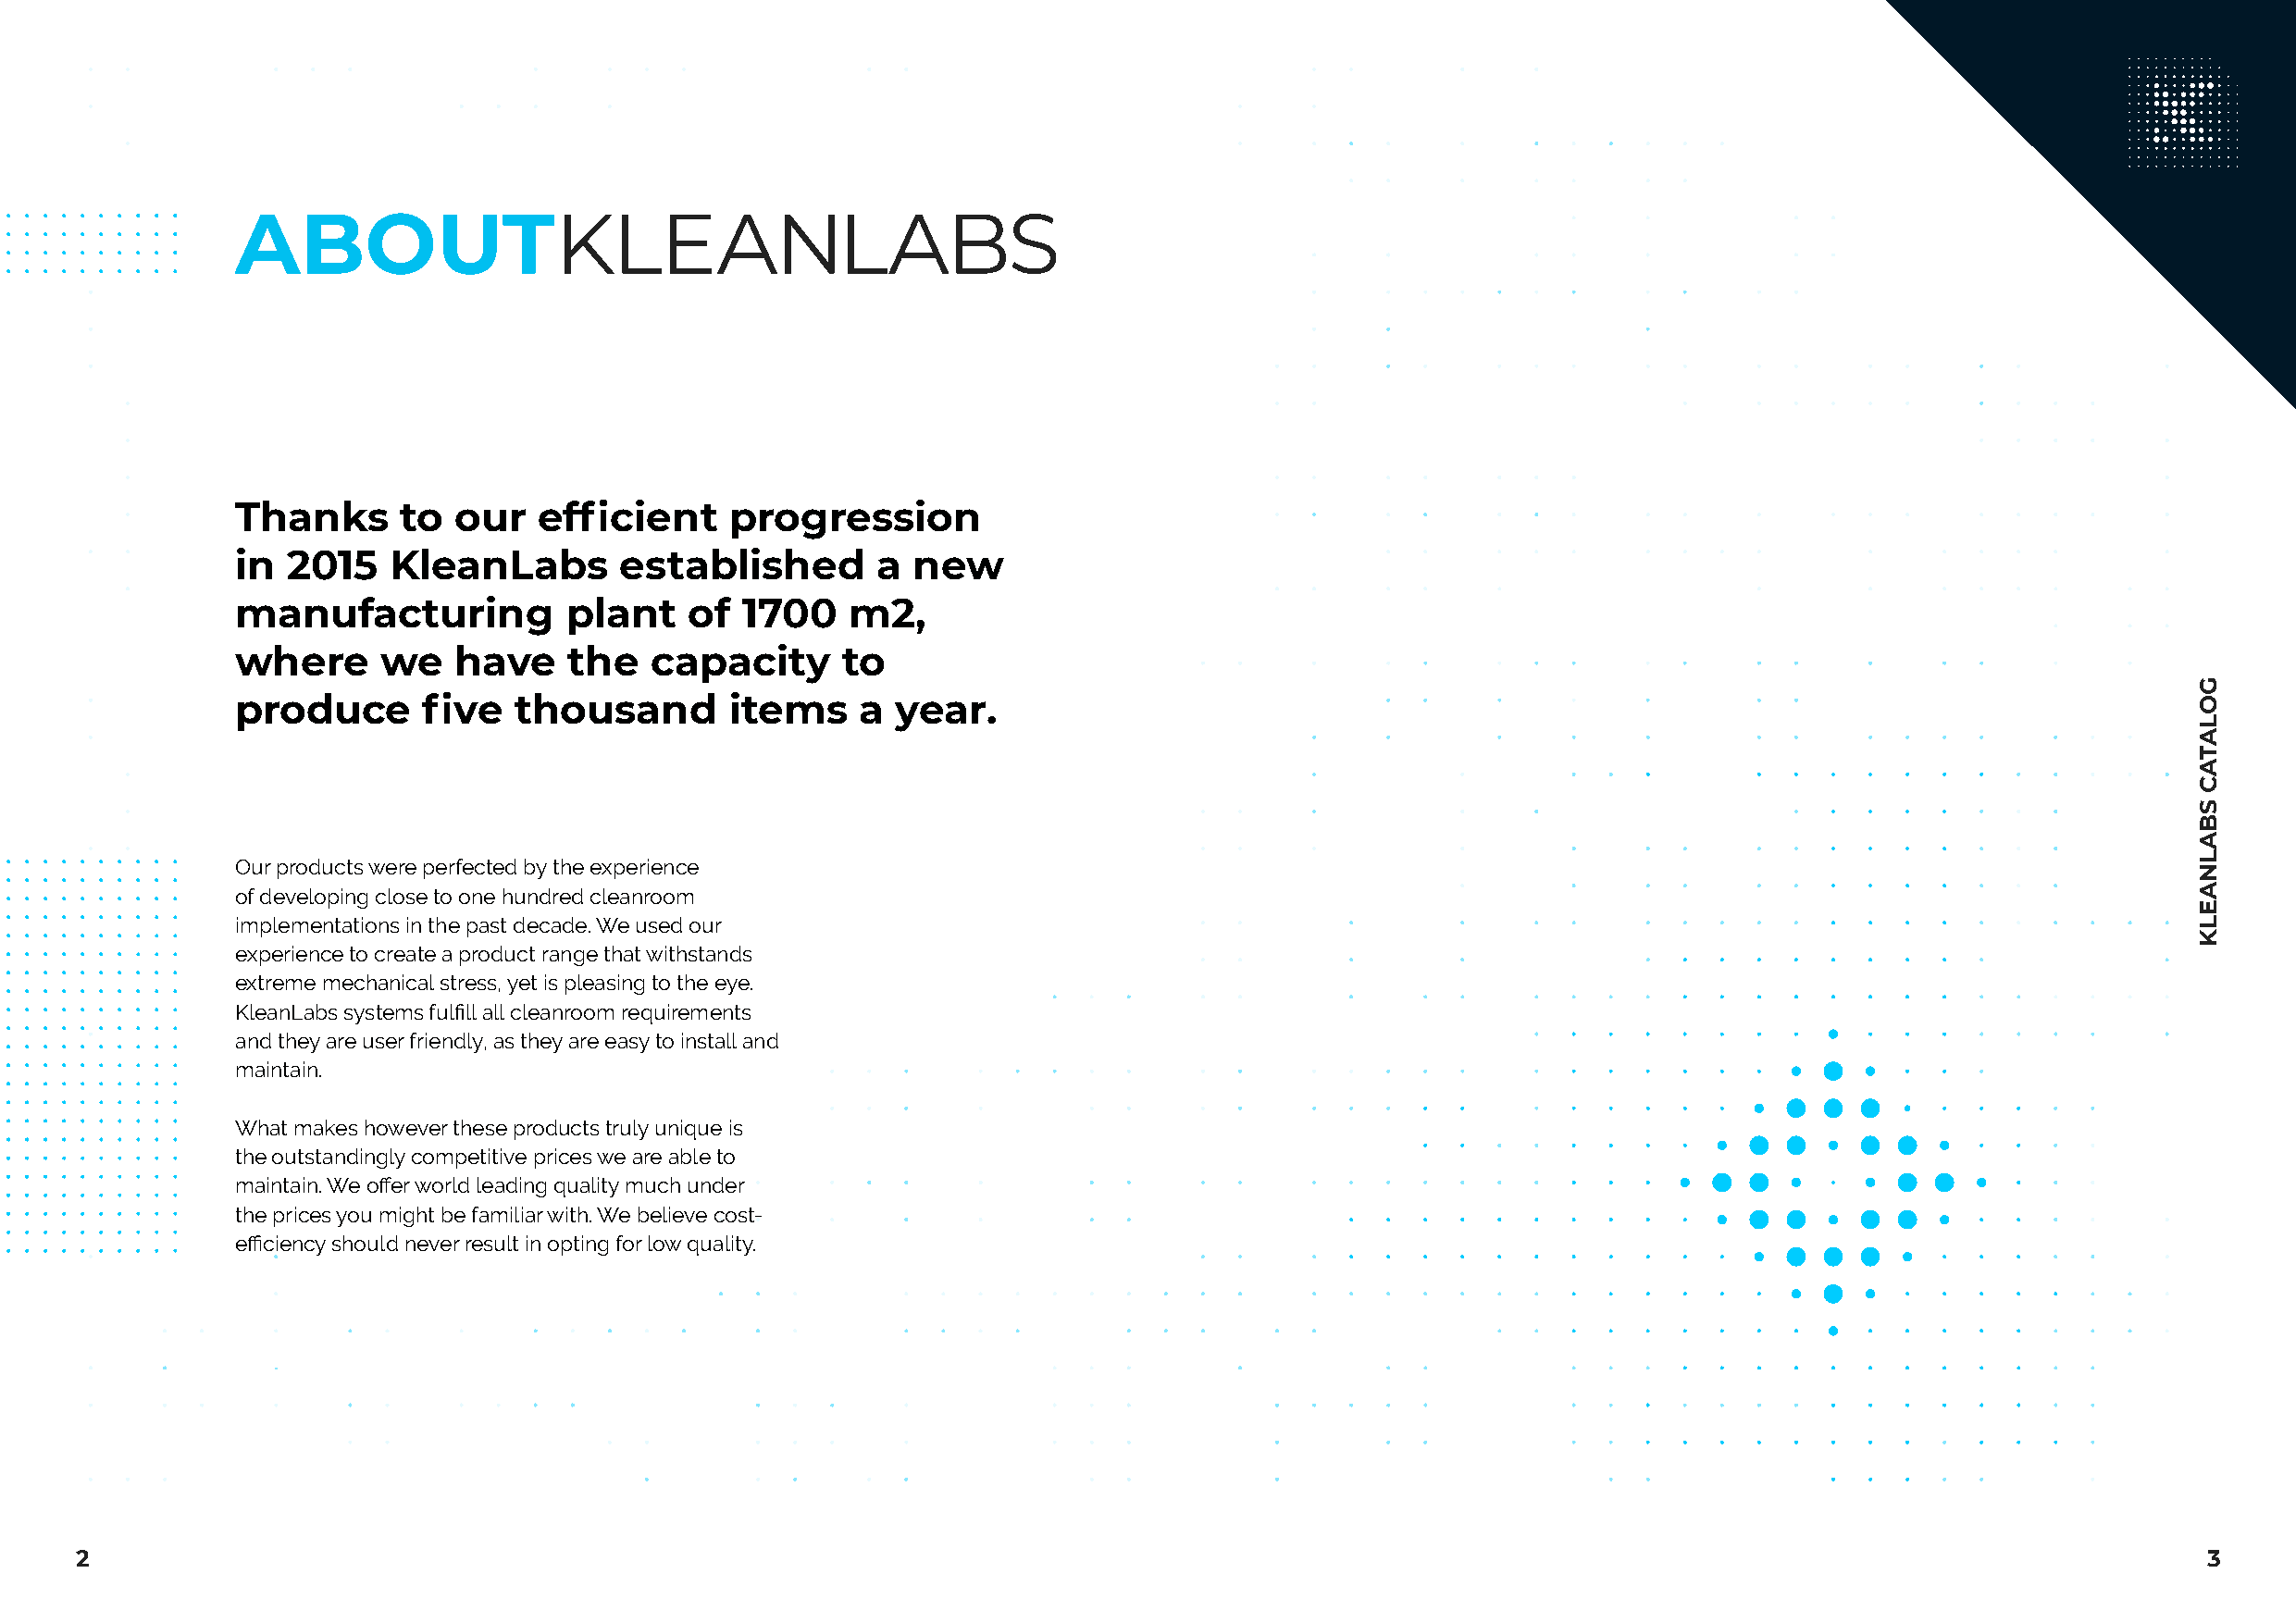
ABOUTKLEANLABS
 Thanks      to  our  efficient     progression
 in  2015   KleanLabs       established        a new
 manufacturing          plant    of  1700    m2,
 where     we    have    the   capacity     to
 produce      five   thousand       items    a  year.
 Our products were perfected by the experience
 of developing close to one hundred cleanroom
 implementations in the past decade. We used our
 experience to create a product range that withstands
 extreme mechanical stress, yet is pleasing to the eye.
 KleanLabs systems fulfill all cleanroom requirements
 and they are user friendly, as they are easy to install and
 maintain.
 What makes however these products truly unique is
 the outstandingly competitive prices we are able to
 maintain. We offer world leading quality much under
 the prices you might be familiar with. We believe cost-
 efficiency should never result in opting for low quality.
 2                                                                                                                                                        3
 GOLATAC
 SBALNAELK